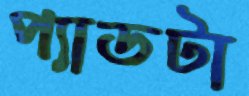
প্যাডটা